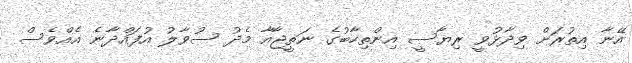
އޭނާ އިތުރަށް ވިދާޅުވީ ރިޔާސީ އިންތިހާބުގެ ނަތީޖާއާ މެދު ސުވާލު އުފައްދާނެ އެއްވެސް